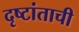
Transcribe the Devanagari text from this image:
दृष्टांताची